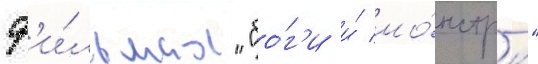
ф'и́льмах "бо́г'и и́ мо́нстры"